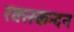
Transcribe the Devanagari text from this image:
रक्त्स्कन्दन